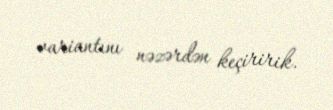
variantını nəzərdən keçiririk.